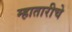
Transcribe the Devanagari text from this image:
म्हातारीचे